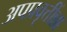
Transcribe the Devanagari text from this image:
अपप्रवृत्तींन्ना